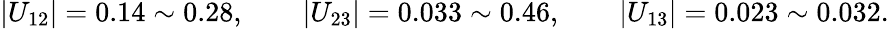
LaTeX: |U_{12}|=0.14\sim 0.28,\qquad|U_{23}|=0.033\sim 0.46,\qquad|U_{13}|=0.023\sim 0.032.